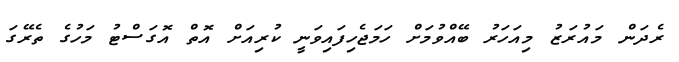
ރެދަން މައުރަޒު މިއަހަރު ބޭއްވުމަށް ހަމަޖެހިފައިވަނީ ކުރިއަށް އޮތް އޮގަސްޓު މަހުގެ ތެރޭގަ